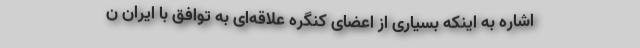
اشاره به اینکه بسیاری از اعضای کنگره علاقه‌ای به توافق با ایران ن